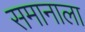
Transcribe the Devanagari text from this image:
समानाला